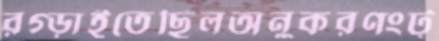
রগ্‌ড়াইতেছিলঅনুকরণংট্